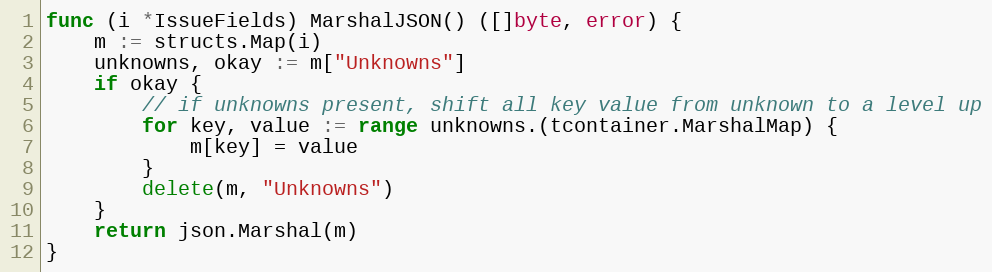
Language: Go
func (i *IssueFields) MarshalJSON() ([]byte, error) {
	m := structs.Map(i)
	unknowns, okay := m["Unknowns"]
	if okay {
		// if unknowns present, shift all key value from unknown to a level up
		for key, value := range unknowns.(tcontainer.MarshalMap) {
			m[key] = value
		}
		delete(m, "Unknowns")
	}
	return json.Marshal(m)
}